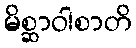
မိစ္ဆာဝါစာတိ